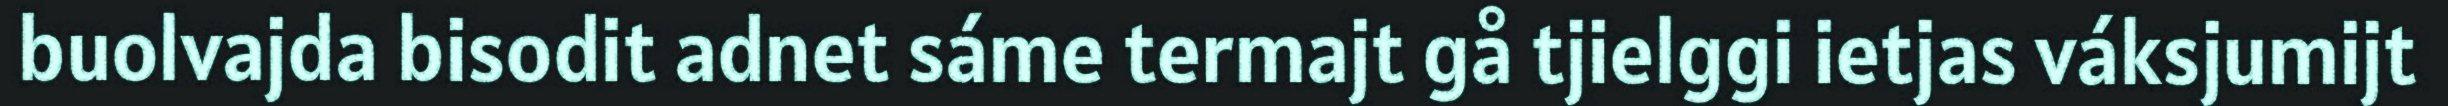
buolvajda bisodit adnet sáme termajt gå tjielggi ietjas váksjumijt